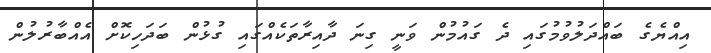
އިއްޔެގެ ބައްދަލުވުމުގައި ދެ ގައުމުން ވަނީ ގިނަ ދާއިރާތަކެއްގައިި ގުޅުން ބަދަހިކޮށް އެއްބާރުލުން